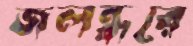
জলন্ধরে